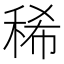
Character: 稀